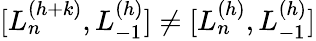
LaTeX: [L_{n}^{(h+k)},L_{-1}^{(h)}]\neq[L_{n}^{(h)},L_{-1}^{(h)}]